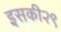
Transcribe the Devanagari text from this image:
इसकी२९